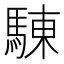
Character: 𩣳